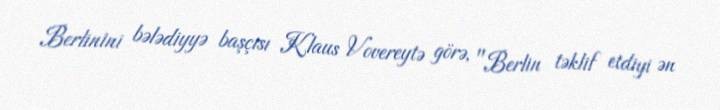
Berlinini bələdiyyə başçısı Klaus Vovereytə görə, "Berlin təklif etdiyi ən